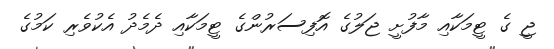
ޖީ ގެ ޓީމަކާއި މާފުށީ ޖަލުގެ އޮފިސަރުންގެ ޓީމަކާއި ދެމެދު އެކުވެރި ކަމުގެ